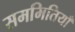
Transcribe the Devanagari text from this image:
सममितियाँ